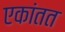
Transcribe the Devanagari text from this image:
एकांतत